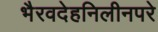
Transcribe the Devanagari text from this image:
भैरवदेहनिलीनपरे